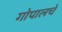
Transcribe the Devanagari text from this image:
गोपालचे